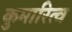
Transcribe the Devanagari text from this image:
कुमारित्व